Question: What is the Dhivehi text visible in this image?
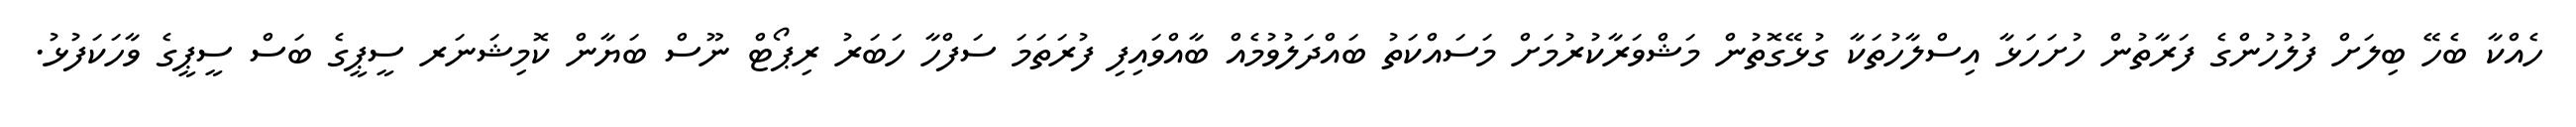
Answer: ހެއްކާ ބެހޭ ބިލަށް ފުލުހުންގެ ފަރާތުން ހުށަހަޅާ އިސްލާހުތަކާ ގުޅޭގޮތުން މަޝްވަރާކުރުމަށް މަސައްކަތު ބައްދަލުވުމެއް ބާއްވައިފި ފުރަތަމަ ސަފްހާ ހަބަރު ރިޕޯޓް ނޫސް ބަޔާން ކޮމިޝަނަރ ސީޕީގެ ބަސް ސީޕީގެ ވާހަކަފުޅު.